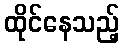
ထိုင်နေသည့်